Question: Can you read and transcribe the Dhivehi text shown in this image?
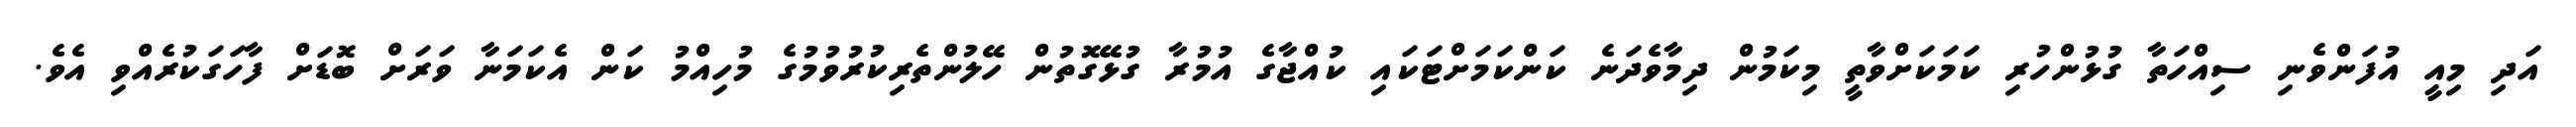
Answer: އަދި މިއީ އުފަންވެނި ސިއްހަތާ ގުޅުންހުރި ކަމަކަށްވާތީ މިކަމުން ދިމާވެދަނެ ކަންކަމަށްޓަކައި ކުއްޖާގެ އުމުރާ ގުޅޭގޮތުން ހޭލުންތެރިކުރުވުމުގެ މުހިއްމު ކަން އެކަމަނާ ވަރަށް ބޮޑަށް ފާހަގަކުރެއްވި އެވެ.